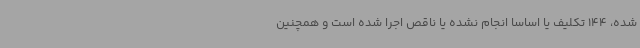
شده، 144 تکلیف یا اساساً انجام نشده یا ناقص اجرا شده است و همچنین